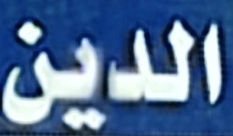
الدين